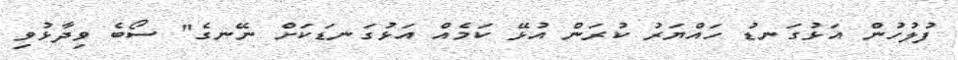
ފުލުހުން އަޅުގަނޑު ހައްޔަރު ކުރަން އުޅޭ ކަމެއް އަޅުގަނޑަކަށް ނޭނގެ" ސޯބެ ވިދާޅުވި